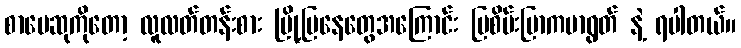
စာပေဆုကိုတော့ လူလတ်တန်းစား မြို့ပြနေတွေအကြောင်း မြစိမ်းပြာကမာရွတ် နဲ့ ရပါတယ်။